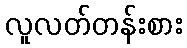
လူလတ်တန်းစား